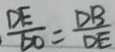
\frac { D E } { E O } = \frac { D B } { D E }